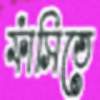
ফাঁসিতে